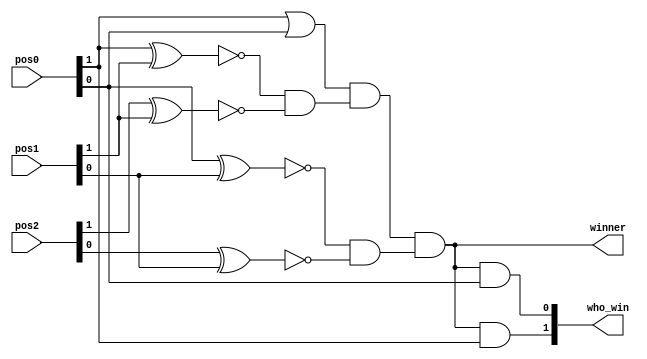
`timescale 1ns / 1ps
//////////////////////////////////////////////////////////////////////////////////
// Company: 
// Engineer: 
// 
// Design Name: 
// Module Name: detect_3inarow
// Project Name: 
// Target Devices: 
// Tool Versions: 
// Description: 
// 
// Dependencies: 
// 
// Revision:
// Revision 0.01 - File Created
// Additional Comments:
// 
//////////////////////////////////////////////////////////////////////////////////


module detect_3inarow(
    input [1:0] pos0, pos1, pos2,
    output wire winner,
    output wire [1:0] who_win
    );
    
    wire [1:0] temp1, temp2, temp3;
    wire temp4;
    
    assign temp1[1] = !(pos0[1]^pos1[1]);
    assign temp1[0] = !(pos0[0]^pos1[0]);
    assign temp2[1] = !(pos2[1]^pos1[1]);
    assign temp2[0] = !(pos2[0]^pos1[0]);
    assign temp3[1] = temp1[1] & temp2[1];
    assign temp3[0] = temp1[0] & temp2[0];
    assign temp4 = pos0[1] | pos0[0];
    
    assign winner = temp4 & temp3[1] & temp3[0]; // winner = 1 if three of the same (01 or 10) in a row
    assign who_win[1] = winner & pos0[1]; // assign who winner is
    assign who_win[0] = winner & pos0[0]; // assign who winner is
    
endmodule